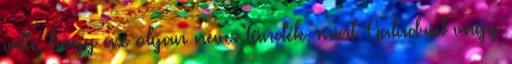
vélte, hogy az olyan neves tündék, mint Galadriel vagy